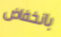
بانخفاض